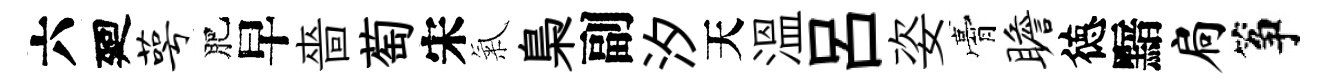
六廻萼肥早嗇萄宋氣梟副汐天温吕姿膏瞻徳黯扃筝